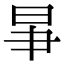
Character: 𣌦